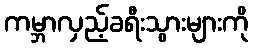
ကမ္ဘာလှည့်ခရီးသွားများကို